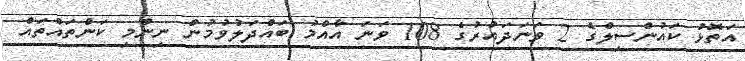
އަތޮޅު ކައުންސިލްގެ 2 ވަނަދައުރުގެ 108 ވަނަ އާއްމު ބައްދަލުވުމުން ނިންމި ކަންތައްތައް